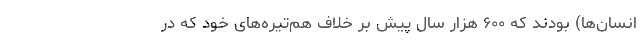
انسان‌ها) بودند که ۶۰۰ هزار سال پیش بر خلاف هم‌تیره‌های خود که در